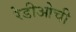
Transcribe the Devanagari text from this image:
रेडीओची